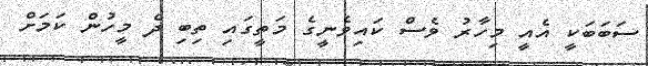
ސަބަބަކީ އެއީ މިހާރު ވެސް ކައިވެނީގެ މަތީގައި ތިބި ދެ މީހުން ކަމަށް